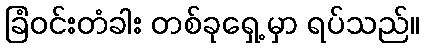
ခြံဝင်းတံခါး တစ်ခုရှေ့ မှာ ရပ်သည်။